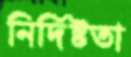
নির্দিষ্টতা